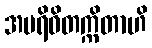
အပရိဝိတက္ကိတာဟိ